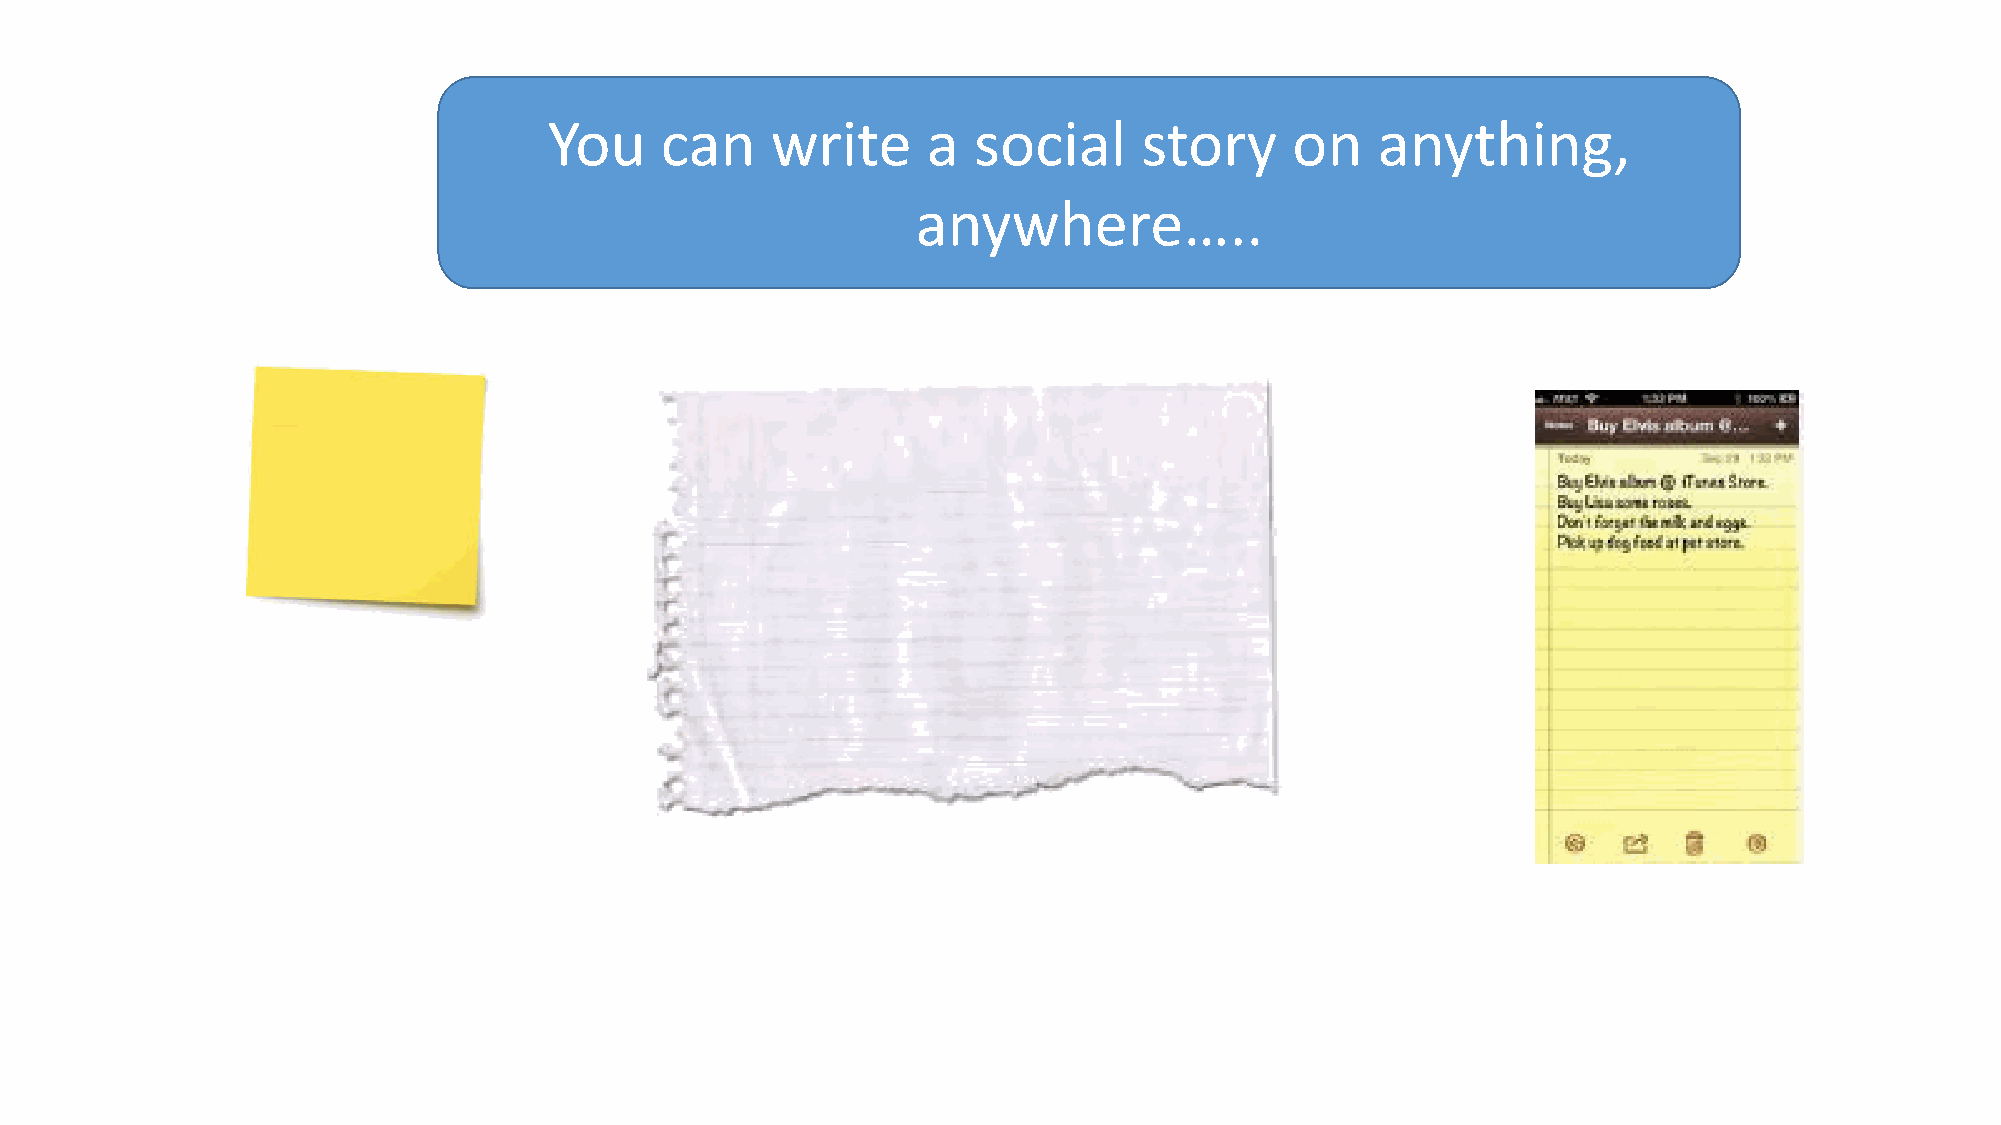
You     can    write     a  social      story     on   anything,
 anywhere…..